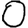
Digit: 0